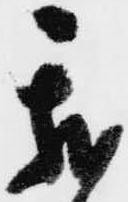
我